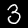
Label: 3